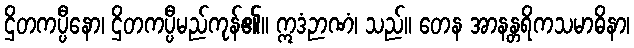
ဌိတကပ္ပီနော၊ ဌိတကပ္ပီမည်ကုန်၏။ ဣဒံဉာဏံ၊ သည်။ တေန အာနန္တရိကသမာဓိနာ၊